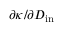
\partial \kappa / \partial D _ { \mathrm { i n } }